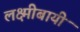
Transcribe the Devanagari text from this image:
लक्ष्मीबायी